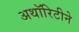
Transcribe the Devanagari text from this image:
अथॉरिटीने